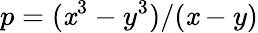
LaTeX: p=(\mathit{x}^{3}-y^{3})/(\mathit{x}-y)